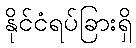
နိုင်ငံရပ်ခြားရှိ